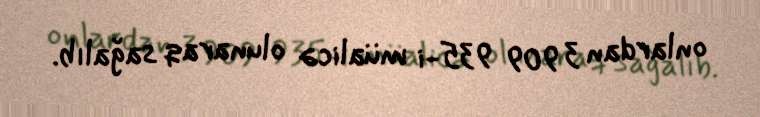
onlardan 3 909 935-i müalicə olunaraq sağalıb.